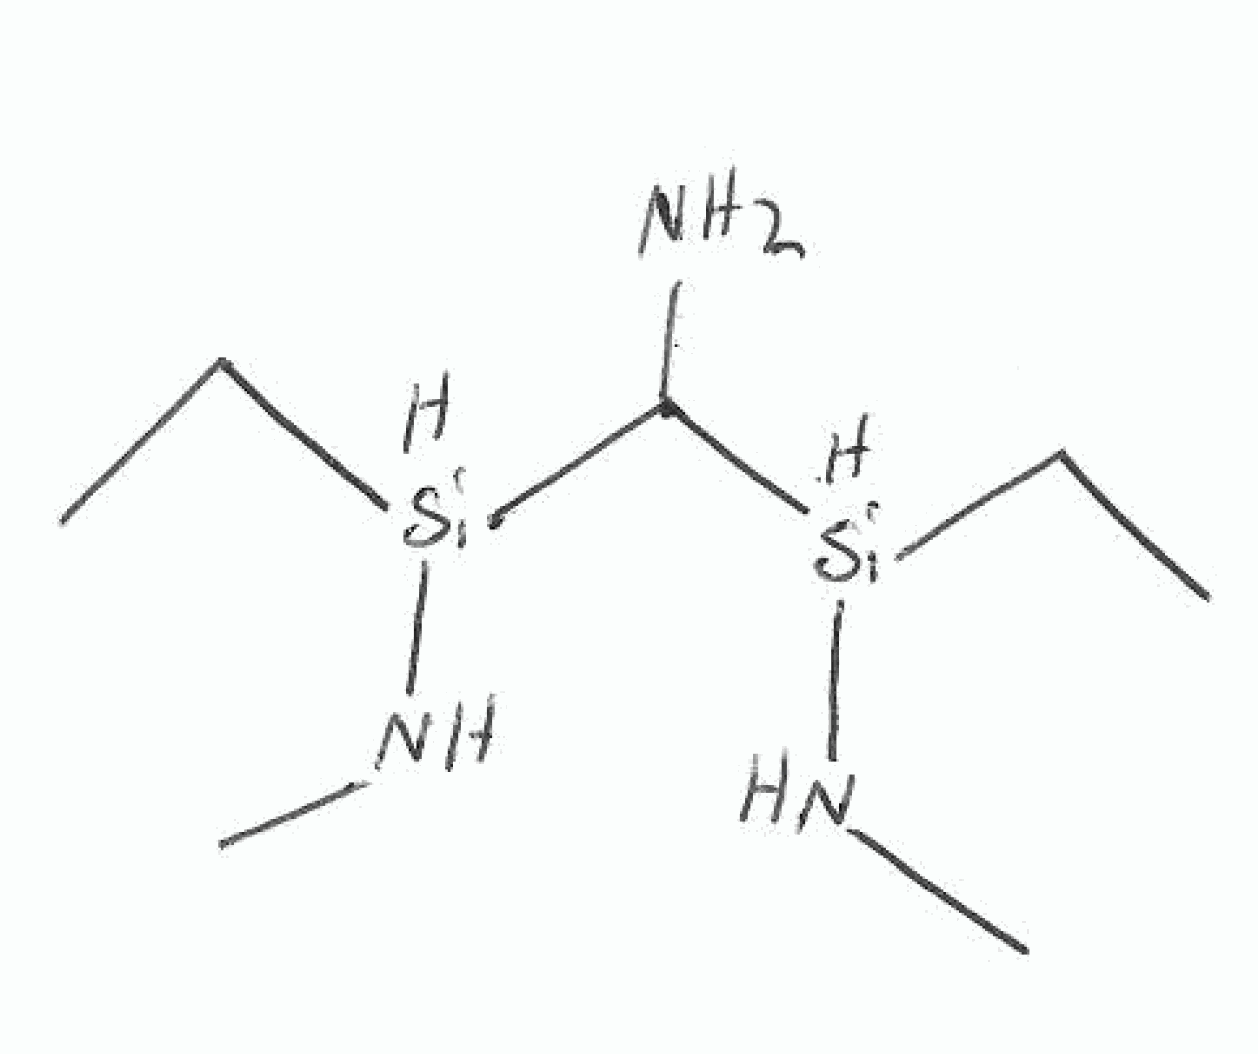
Simplified molecular-input line-entry system (SMILES) notation of the given molecule:
CC[SiH](C(N)[SiH](CC)NC)NC